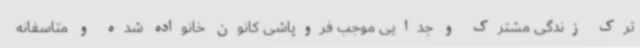
ترک زندگی مشترک و جدایی موجب فروپاشی کانون خانواده شده و متاسفانه